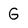
Character: G